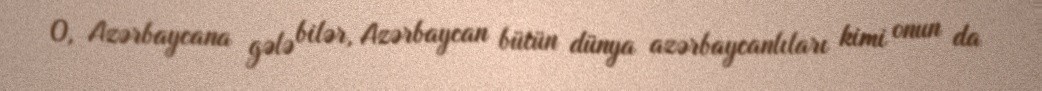
O, Azərbaycana gələ bilər, Azərbaycan bütün dünya azərbaycanlıları kimi onun da